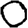
Digit: 0